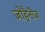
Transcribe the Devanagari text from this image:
जोहैनीज